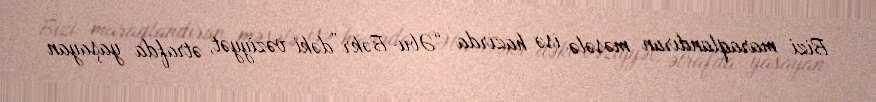
Bizi maraqlandıran məsələ isə hazırda “Əbu-Bəkr”dəki vəziyyət, ətrafda yaşayan